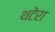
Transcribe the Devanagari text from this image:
थटेरा